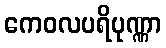
ကေဝလပရိပုဏ္ဏာ